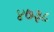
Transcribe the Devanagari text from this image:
४७३८